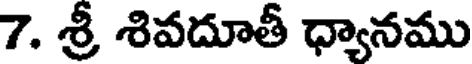
7. శ్రీ శివదూతీ ధ్యానము